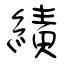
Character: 績